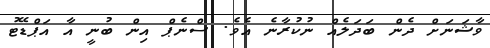
ވާޝަނަށް ދެން ބަދަލެއް ނުކުރާނެ އެވެ. ސްނެޕް އިން ބުނީ އާ އަޕްޑޭޓު